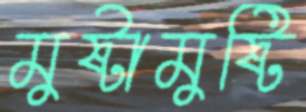
মুষ্টামুষ্টি